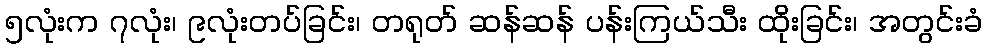
၅လုံးက ၇လုံး၊ ၉လုံးတပ်ခြင်း၊ တရုတ် ဆန်ဆန် ပန်းကြယ်သီး ထိုးခြင်း၊ အတွင်းခံ